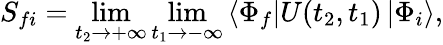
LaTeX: S_{fi}=\operatorname*{lim}_{t_{2}\rightarrow+\infty}\operatorname*{lim}_{t_{1}\rightarrow-\infty}\left\langle\Phi_{f}\right|U(t_{2},t_{1})\left|\Phi_{i}\right\rangle,